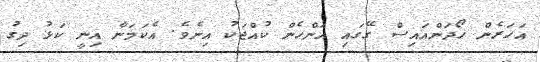
އަހަރެން ހޯދަންއައިސް ގޭގައި އަންހެން ކުއްޖަކު އިނެވެ. އެކަމަނާ އިނީ ކަޅު ދިގު